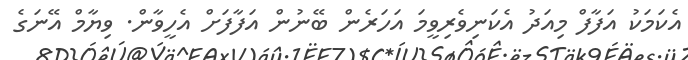
އެކަމަކު އަފާފް މިއަދު އެކަނިވެރިވީމަ އަހަރެން ބޭނުން އަފާފަށް އެހީވާން. ވިޔާމް އޭނަގެ